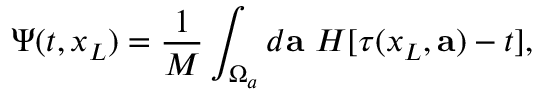
\Psi ( t , x _ { L } ) = \frac { 1 } { M } \int _ { \Omega _ { a } } d { \mathbf a } ~ H [ \tau ( x _ { L } , { \mathbf a } ) - t ] ,